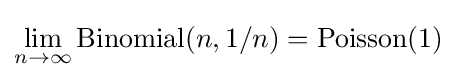
\lim _{n\to \infty }\operatorname {Binomial} (n,1/n)=\operatorname {Poisson} (1)